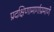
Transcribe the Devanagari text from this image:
प्रदक्षिणामार्गाप्रमाणे